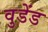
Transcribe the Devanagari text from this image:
वुडेंड